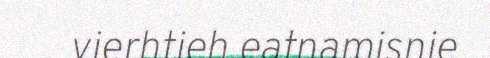
vierhtieh eatnamisnie